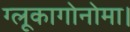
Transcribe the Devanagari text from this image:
ग्लूकागोनोमा।